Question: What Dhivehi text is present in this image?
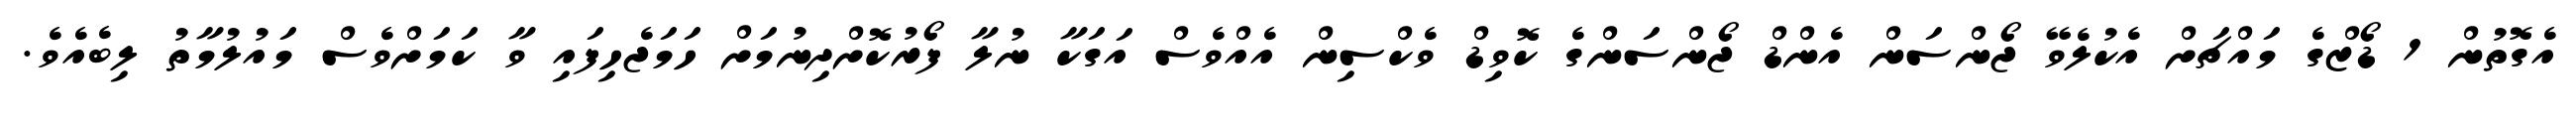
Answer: އެގޮތުން 1 ޑޯޒްގެ މައްޗަށް އެކުލެވޭ ޖޯންސަން އެންޑް ޖޯންސަންގެ ކޮވިޑް ވެކްސިން އެއްވެސް އަގަކާ ނުލާ ފޯރުކޮށްދިނުމަށް ހަމަޖެހިފައި ވާ ކަމަށްވެސް މައުލުމާތު ލިބެއެވެ.